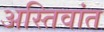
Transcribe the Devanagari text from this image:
अस्तिवांत